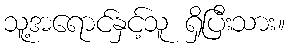
သူ့အရောင်နှင့်သူ ရှိပြီးသား။